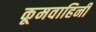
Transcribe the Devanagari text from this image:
कूमवाहिनी